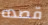
قصده